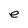
Character: e